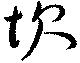
坎